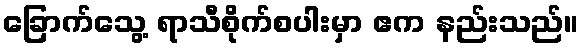
ခြောက်သွေ့ ရာသီစိုက်စပါးမှာ ဧက နည်းသည်။